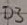
Text: D3